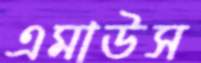
এমাউস